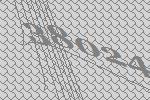
38024